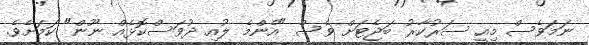
ނަމަވެސް މިއީ ސަރުކާރު ބަޖެޓަށް ވެސް "އެންމެ ލުއި ދުވަސްކޮޅެއް ނޫން" ކަމަށެވެ.